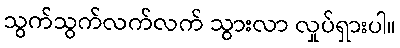
သွက်သွက်လက်လက် သွားလာ လှုပ်ရှားပါ။